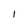
Character: l